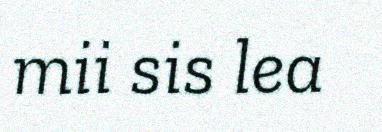
mii sis lea